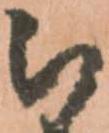
被